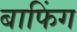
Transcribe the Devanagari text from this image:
बाफिंग